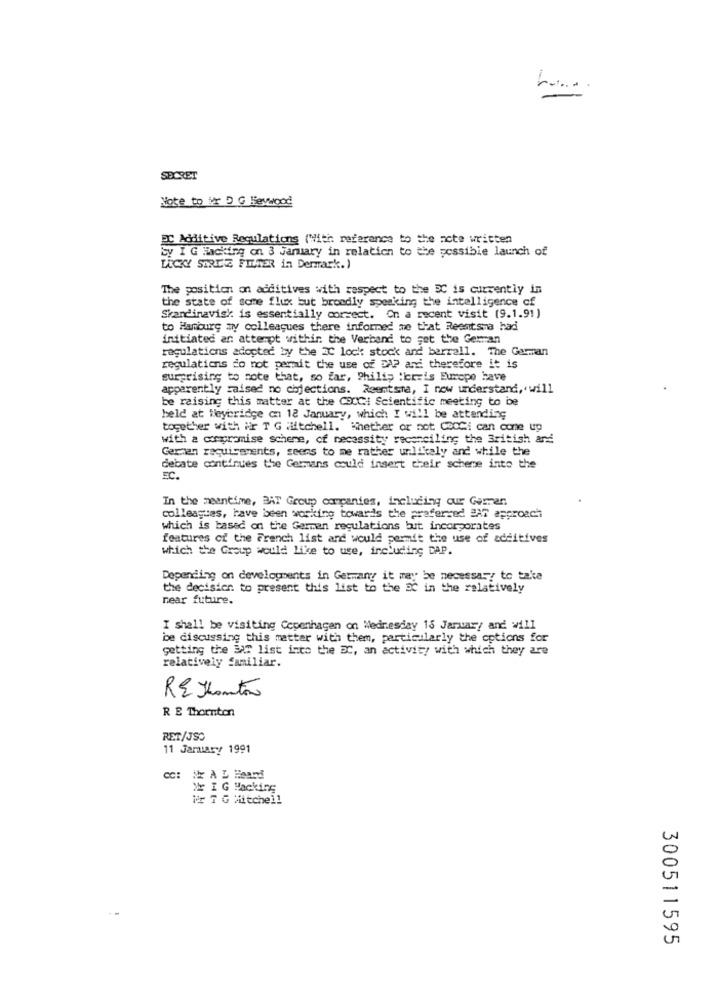
SECRET
Note to Er D G Fewwood
PC Additive Regulations (With reference to the note written
Sy I G Hacking on 3 January in relation to the possible launch of
DICKY SORTIE FILTER in Dermark.)
The position on additives with respect to the PC is currently in
the state of some flux but broadly speaking the intelligence of
Skandinavisk is essentially correct. On a recent visit (9.1.91)
to Hanburg ziy colleagues there informed me that Reemtsma hadi
initiated an attempt within the Verband to get the German
regulations adopted by the IC lock stock and barrell. The German
regulations do not permit the use of DA? and therefore it is
surprising to note that, so far, Philip :kreis Europe have
apparently raised no objections. Reemtsma, I now understand, will
be raising this matter at the COCCI Scientific meeting to be
held at Weybridge on 12 January, which I will be attending
together with ir T G luftchell. Whether or not CooCi can come up
with a compromise scheme, of necessity reconciling the British and
German requirements, seems to me rather unlikely and while the
debate continues the Germans could insert cheir scheme into the
EC.
In the meantime, BAT Group companies, including our Gemen
colleagues, have been working towards the preferred BAT approach
which is based on the German regulations but incorporates
features of the French list and would permit the use of additives
which the Group would like to use, including CAP.
Depending on developments in Germany it may be necessary to take
the decision to present this list to the DC in the relatively
near future.
I shall be visiting Copenhagen on Wednesday 15 January and will
be discussing this matter with them, particularly the options for
getting the MAT list into the DC, an activity with which they are
relatively familiar.
RE Yontão
R E Thornton
RET/JSO
11 Jarmary 1991
CC: iXx A L Hoand
We I G Hacking
Wor 7 G Mitchell
300511595